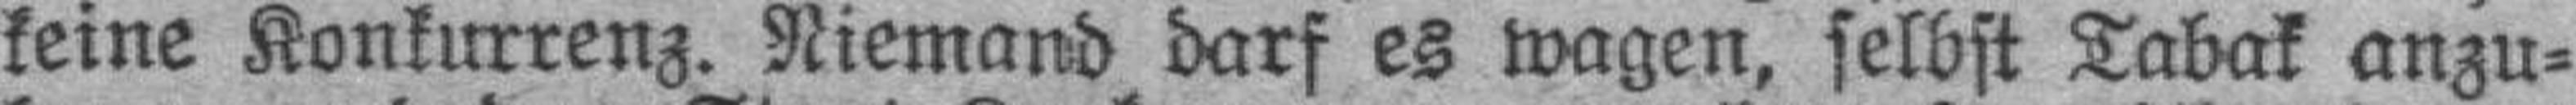
keine Konkurrenz. Niemand darf es wagen, selbst Tabak anzu¬